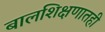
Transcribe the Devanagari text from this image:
बालशिक्षणातही